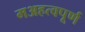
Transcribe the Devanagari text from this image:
मअहत्वपूर्ण